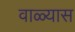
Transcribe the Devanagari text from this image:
वाळ्यास